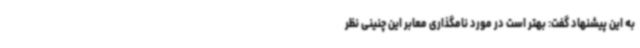
به این پیشنهاد گفت: بهتر است در مورد نامگذاری معابر این چنینی نظر